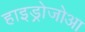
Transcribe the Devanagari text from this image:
हाइड्रोजोआ